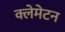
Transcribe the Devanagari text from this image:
क्लेमेटन